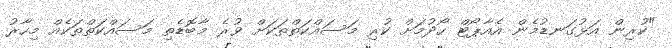
"ކުރިން އަޅުގަނޑުމެން އެއާޕޯޓް ހޯދުމަށް ކުރި މަސައްކަތްތަކަށް ވުރެ މާބޮޑެތި މަސައްކަތްތަކެއް މިހާރު